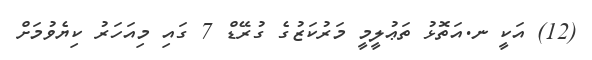
(12) އަކީ ނ.އަތޮޅު ތަޢުލީމީ މަރުކަޒުގެ ގުރޭޑް 7 ގައި މިއަހަރު ކިޔެވުމަށް